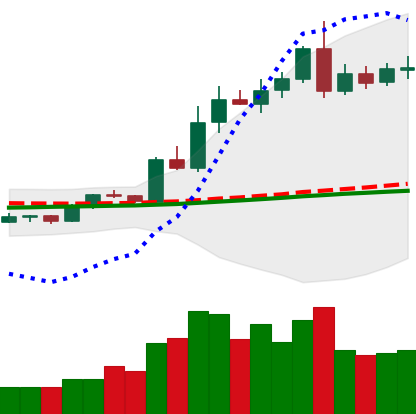
Ticker: LTC-USD
Chart end date: 2020-08-06
Forward return: -8.075%
Label: down_7plus